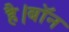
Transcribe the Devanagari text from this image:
है।बॉन